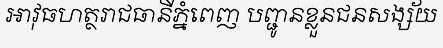
អាវុធហត្ថរាជធានីភ្នំពេញ បញ្ជូនខ្លួនជនសង្ស័យ